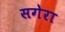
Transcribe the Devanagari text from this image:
सगेरा